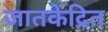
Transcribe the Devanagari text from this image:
जातकेंद्रित